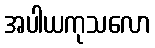
အပါယကုသလော